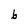
Character: b